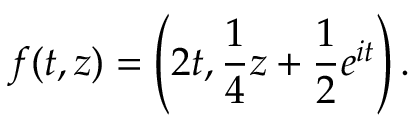
f ( t , z ) = \left( 2 t , { \frac { 1 } { 4 } } z + { \frac { 1 } { 2 } } e ^ { i t } \right) .